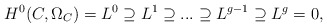
\begin{align*} H^0(C,\Omega_C) = L^0\supseteq L^1\supseteq...\supseteq L^{g-1}\supseteq L^g=0,\end{align*}